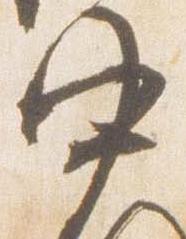
中